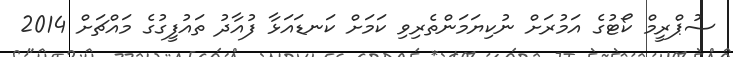
ސުޕްރީމް ކޯޓުގެ އަމުރަށް ނުކިޔަމަންތެރިވި ކަމަށް ކަނޑައަޅާ ފުއާދު ތައުފީގުގެ މައްޗަށް 2014